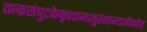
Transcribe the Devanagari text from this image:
ताम्रसंपुटकेकृत्वामातुरंगान्यथोवहेत्